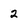
Character: 2